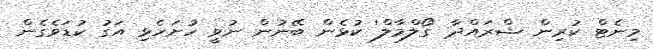
މިނެޓް ކުރިން ޝްރައްދާ 'ގޯލްމާލް' ކުޅެން ބޭނުން ނުވީ ހުށަހެޅި އަގު ކުޑަވެގެން